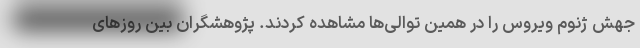
جهش ژنوم ویروس را در همین توالی‌ها مشاهده کردند. پژوهشگران بین روزهای